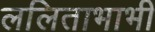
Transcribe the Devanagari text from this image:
ललिताभाभी